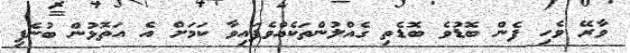
ވާރޭ ވެހި ފެން ބޮޑުވެ ބޮޑެތި ގެއްްލުންތަކެއްވެފައިވާ ކަމަށް އެ އަތޮޅުން ބުނެފި